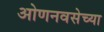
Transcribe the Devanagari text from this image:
ओणनवसेच्या